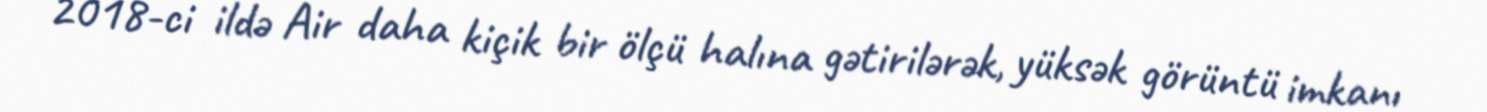
2018-ci ildə Air daha kiçik bir ölçü halına gətirilərək, yüksək görüntü imkanı